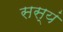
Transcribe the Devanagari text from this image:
सस्यं